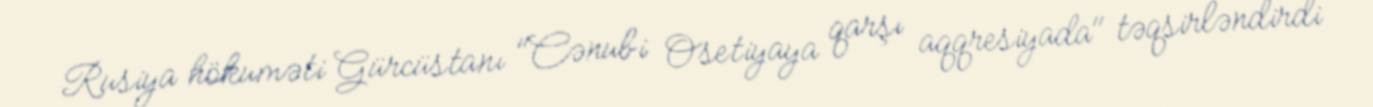
Rusiya hökuməti Gürcüstanı "Cənubi Osetiyaya qarşı aqqresiyada" təqsirləndirdi